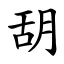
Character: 䑚